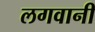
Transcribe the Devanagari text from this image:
लगवानी